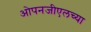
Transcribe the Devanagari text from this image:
ओपनजीएलच्या